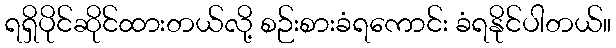
ရရှိပိုင်ဆိုင်ထားတယ်လို့ စဉ်းစားခံရကောင်း ခံရနိုင်ပါတယ်။